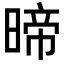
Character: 𭦽